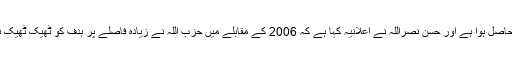
اس کے ہزاروں جنگجوؤں کو جنگ کا قابل قدر تجربہ حاصل ہوا ہے اور حسن نصراللہ نے اعلانیہ کہا ہے کہ 2006 کے مقابلے میں حزب اللہ نے زیادہ فاصلے پر ہدف کو ٹھیک ٹھیک نشانہ بنانے کی صلاحیت والے ہتھیار تیار کر لیے ہیں۔